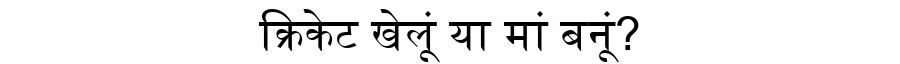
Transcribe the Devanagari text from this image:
क्रिकेट खेलूं या मां बनूं?